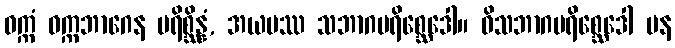
ဝက္ကံ ဝက္ကဘာဂေန ပရိစ္ဆိန္နံ, အယမဿ သဘာဂပရိစ္ဆေဒေါ။ ဝိသဘာဂပရိစ္ဆေဒေါ ပန